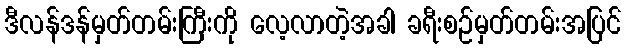
ဒီလန်ဒန်မှတ်တမ်းကြီးကို လေ့လာတဲ့အခါ ခရီးစဉ်မှတ်တမ်းအပြင်